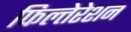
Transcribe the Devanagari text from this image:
फिल्तेरेशन